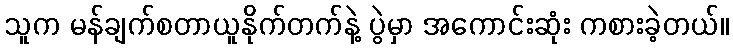
သူက မန်ချက်စတာယူနိုက်တက်နဲ့ ပွဲမှာ အကောင်းဆုံး ကစားခဲ့တယ်။